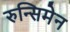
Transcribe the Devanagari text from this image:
रुन्सिमेन